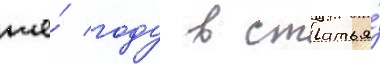
же́ году в статья́